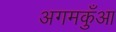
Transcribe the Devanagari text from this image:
अगमकुँआ